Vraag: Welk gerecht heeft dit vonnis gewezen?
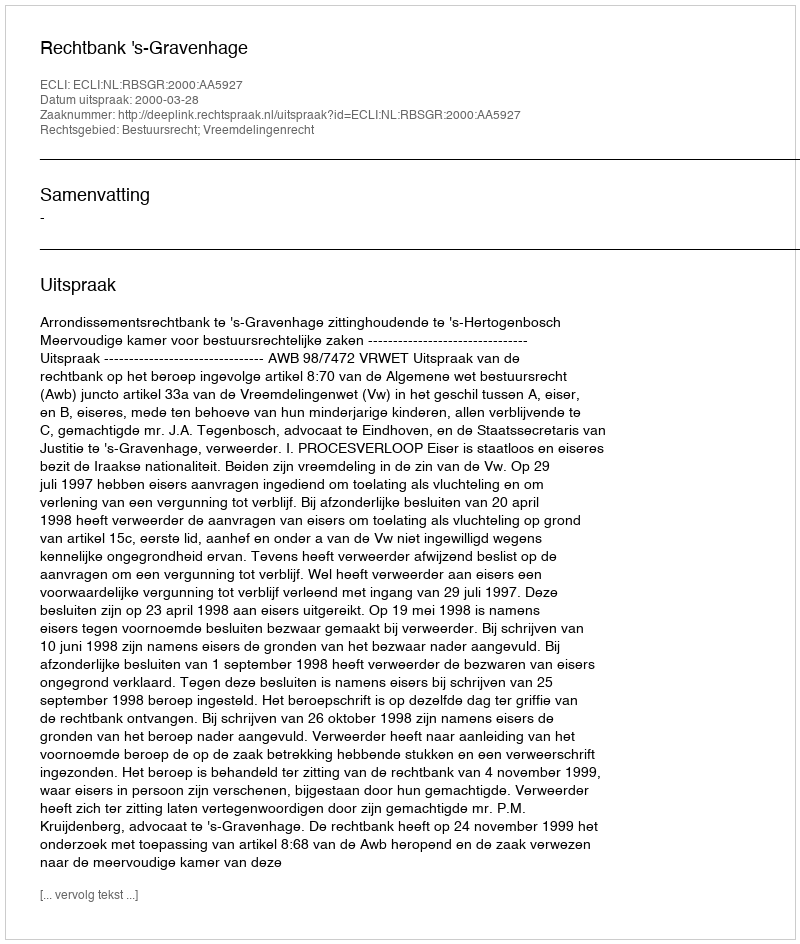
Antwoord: Rechtbank 's-Gravenhage